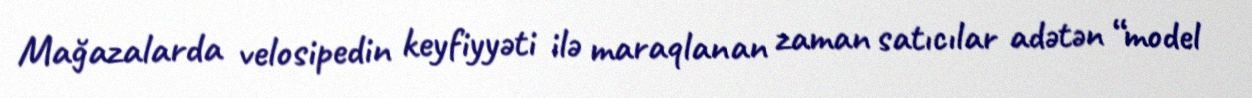
Mağazalarda velosipedin keyfiyyəti ilə maraqlanan zaman satıcılar adətən “model